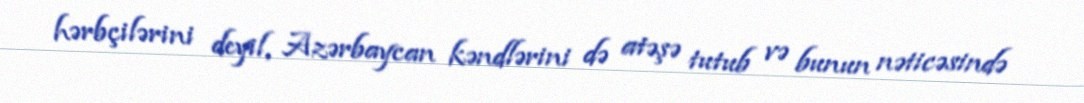
hərbçilərini deyil, Azərbaycan kəndlərini də atəşə tutub və bunun nəticəsində